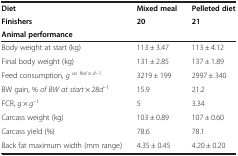
<table><thead><tr><td><b>Diet</b></td><td><b>Mixed meal</b></td><td><b>Pelleted diet</b></td></tr><tr><td><b>Finishers</b></td><td><b>20</b></td><td><b>21</b></td></tr><tr><td><b>Animal performance</b></td><td><b> </b></td><td><b> </b></td></tr></thead><tbody><tr><td>Body weight at start (kg)</td><td>113 ± 3.47</td><td>113 ± 4.12</td></tr><tr><td>Final body weight (kg)</td><td>131 ± 2.85</td><td>137 ± 1.89</td></tr><tr><td>Feed consumption, <i>g</i><sup><i>as fed</i> × <i>d</i>–1</sup></td><td>3219 ± 199</td><td>2997 ± 340</td></tr><tr><td>BW gain, % <i>of BW at start</i> × 28<i>d</i><sup>–1</sup></td><td>15.9</td><td>21.2</td></tr><tr><td>FCR, <i>g</i> × <i>g</i><sup>–1</sup></td><td>5</td><td>3.34</td></tr><tr><td>Carcass weight (kg)</td><td>103 ± 0.89</td><td>107 ± 0.60</td></tr><tr><td>Carcass yield (%)</td><td>78.6</td><td>78.1</td></tr><tr><td>Back fat maximum width (mm range)</td><td>4.35 ± 0.45</td><td>4.20 ± 0.20</td></tr></tbody></table>